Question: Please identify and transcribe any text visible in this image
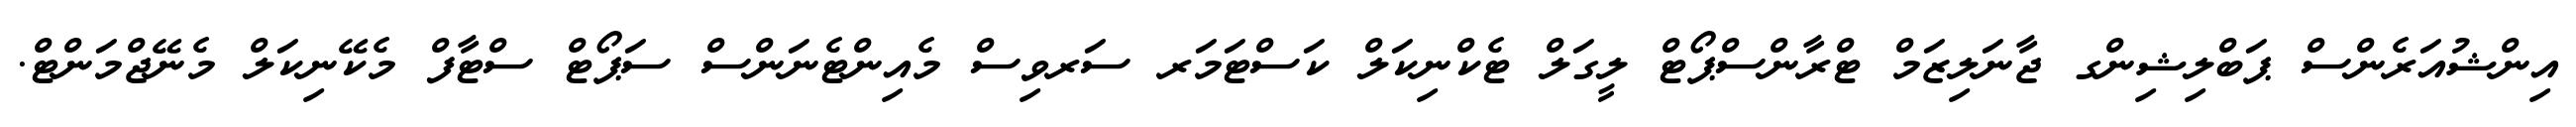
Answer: އިންޝުއަރެންސް ޕަބްލިޝިންގ ޖާނަލިޒަމް ޓްރާންސްޕޯޓް ލީގަލް ޓެކްނިކަލް ކަސްޓަމަރ ސަރވިސް މެއިންޓެނަންސް ސަޕޯޓް ސްޓާފް މެކޭނިކަލް މެނޭޖްމަންޓް.